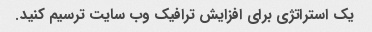
یک استراتژی برای افزایش ترافیک وب سایت ترسیم کنید.